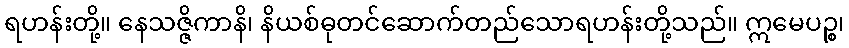
ရဟန်းတို့။ နေသဇ္ဇိကာနိ၊ နိယစ်ဓုတင်ဆောက်တည်သောရဟန်းတို့သည်။ ဣမေပဉ္စ၊